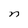
Character: n